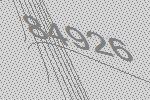
84926